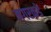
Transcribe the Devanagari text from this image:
नगरकडे